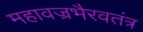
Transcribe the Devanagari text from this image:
महावज्रभैरवतंत्र